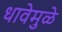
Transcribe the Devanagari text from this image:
धावेमुळे